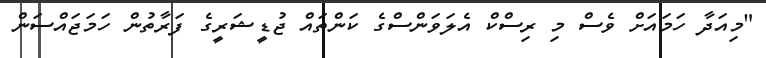
"މިއަދާ ހަމައަށް ވެސް މި ރިސްކް އެލަވަންސްގެ ކަންތައް ޖުޑީޝަރީގެ ފަރާތުން ހަމަޖައްސަން